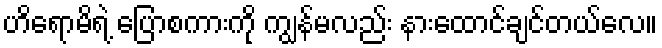
ဟိရောမိရဲ့ ပြောစကားကို ကျွန်မလည်း နားထောင်ချင်တယ်လေ။